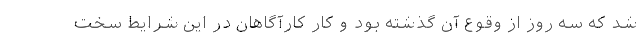
شد که سه روز از وقوع آن گذشته بود و کار کارآگاهان در این شرایط سخت